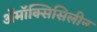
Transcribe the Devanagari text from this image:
अॅमॉक्सिसिलीन